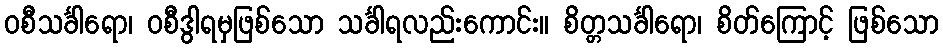
ဝစီသင်္ခါရော၊ ဝစီဒွါရမှဖြစ်သော သင်္ခါရလည်းကောင်း။ စိတ္တသင်္ခါရော၊ စိတ်ကြောင့် ဖြစ်သော